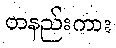
တနည်းကား